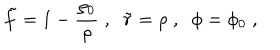
LaTeX: \tilde { f } = 1 - \frac { \rho _ { 0 } } { \rho } \; , \; \; \tilde { r } = \rho \; , \; \; \phi = \phi _ { 0 } \; ,